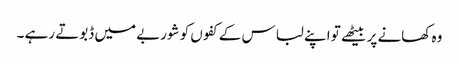
وہ کھانے پر بیٹھے تو اپنے لباس کے کفوں کو شوربے میں ڈبوتے رہے ۔